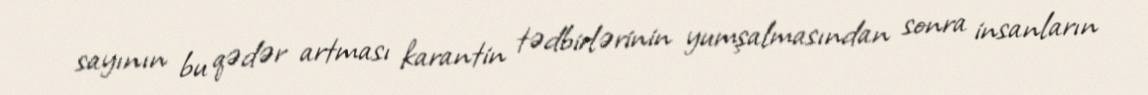
sayının bu qədər artması karantin tədbirlərinin yumşalmasından sonra insanların